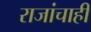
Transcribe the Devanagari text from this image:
राजांचाही